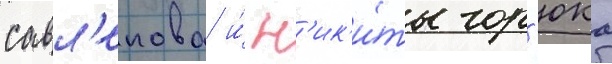
савл'епова и́ н'ик'и́ты гор'юка